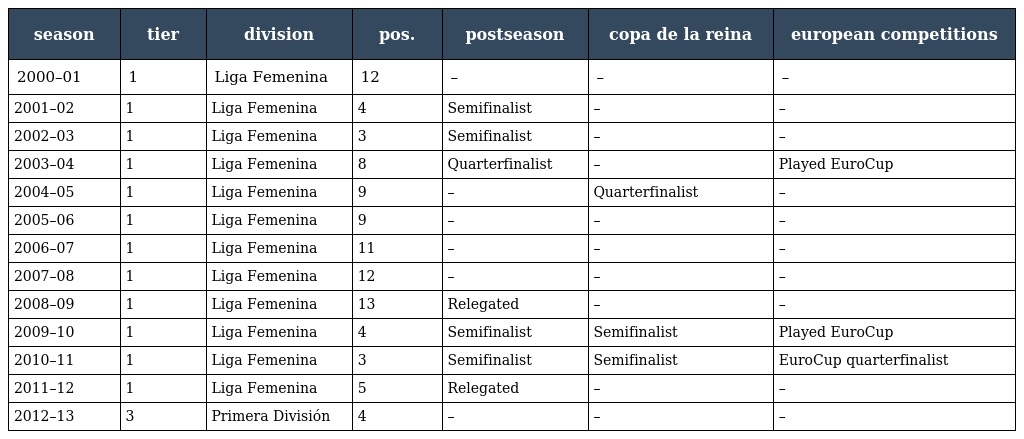
| season | tier | division | pos. | postseason | copa de la reina | european competitions |
 | --- | --- | --- | --- | --- | --- | --- |
 | 2000–01 | 1 | Liga Femenina | 12 | – | – | – |
 | 2001–02 | 1 | Liga Femenina | 4 | Semifinalist | – | – |
 | 2002–03 | 1 | Liga Femenina | 3 | Semifinalist | – | – |
 | 2003–04 | 1 | Liga Femenina | 8 | Quarterfinalist | – | Played EuroCup |
 | 2004–05 | 1 | Liga Femenina | 9 | – | Quarterfinalist | – |
 | 2005–06 | 1 | Liga Femenina | 9 | – | – | – |
 | 2006–07 | 1 | Liga Femenina | 11 | – | – | – |
 | 2007–08 | 1 | Liga Femenina | 12 | – | – | – |
 | 2008–09 | 1 | Liga Femenina | 13 | Relegated | – | – |
 | 2009–10 | 1 | Liga Femenina | 4 | Semifinalist | Semifinalist | Played EuroCup |
 | 2010–11 | 1 | Liga Femenina | 3 | Semifinalist | Semifinalist | EuroCup quarterfinalist |
 | 2011–12 | 1 | Liga Femenina | 5 | Relegated | – | – |
 | 2012–13 | 3 | Primera División | 4 | – | – | – |